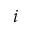
i